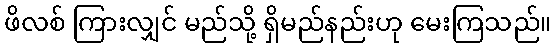
ဖိလစ် ကြားလျှင် မည်သို့ ရှိမည်နည်းဟု မေးကြသည်။